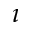
\imath